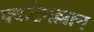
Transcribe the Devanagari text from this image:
क्वाटेमल्लान